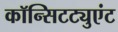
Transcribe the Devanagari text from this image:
कॉन्सिटट्युएंट